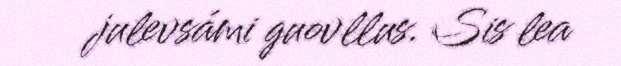
julevsámi guovllus. Sis lea